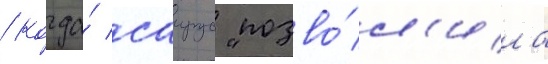
/ когда́ саирус "позво́л'ила